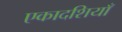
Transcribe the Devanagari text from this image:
एकादशियाँ